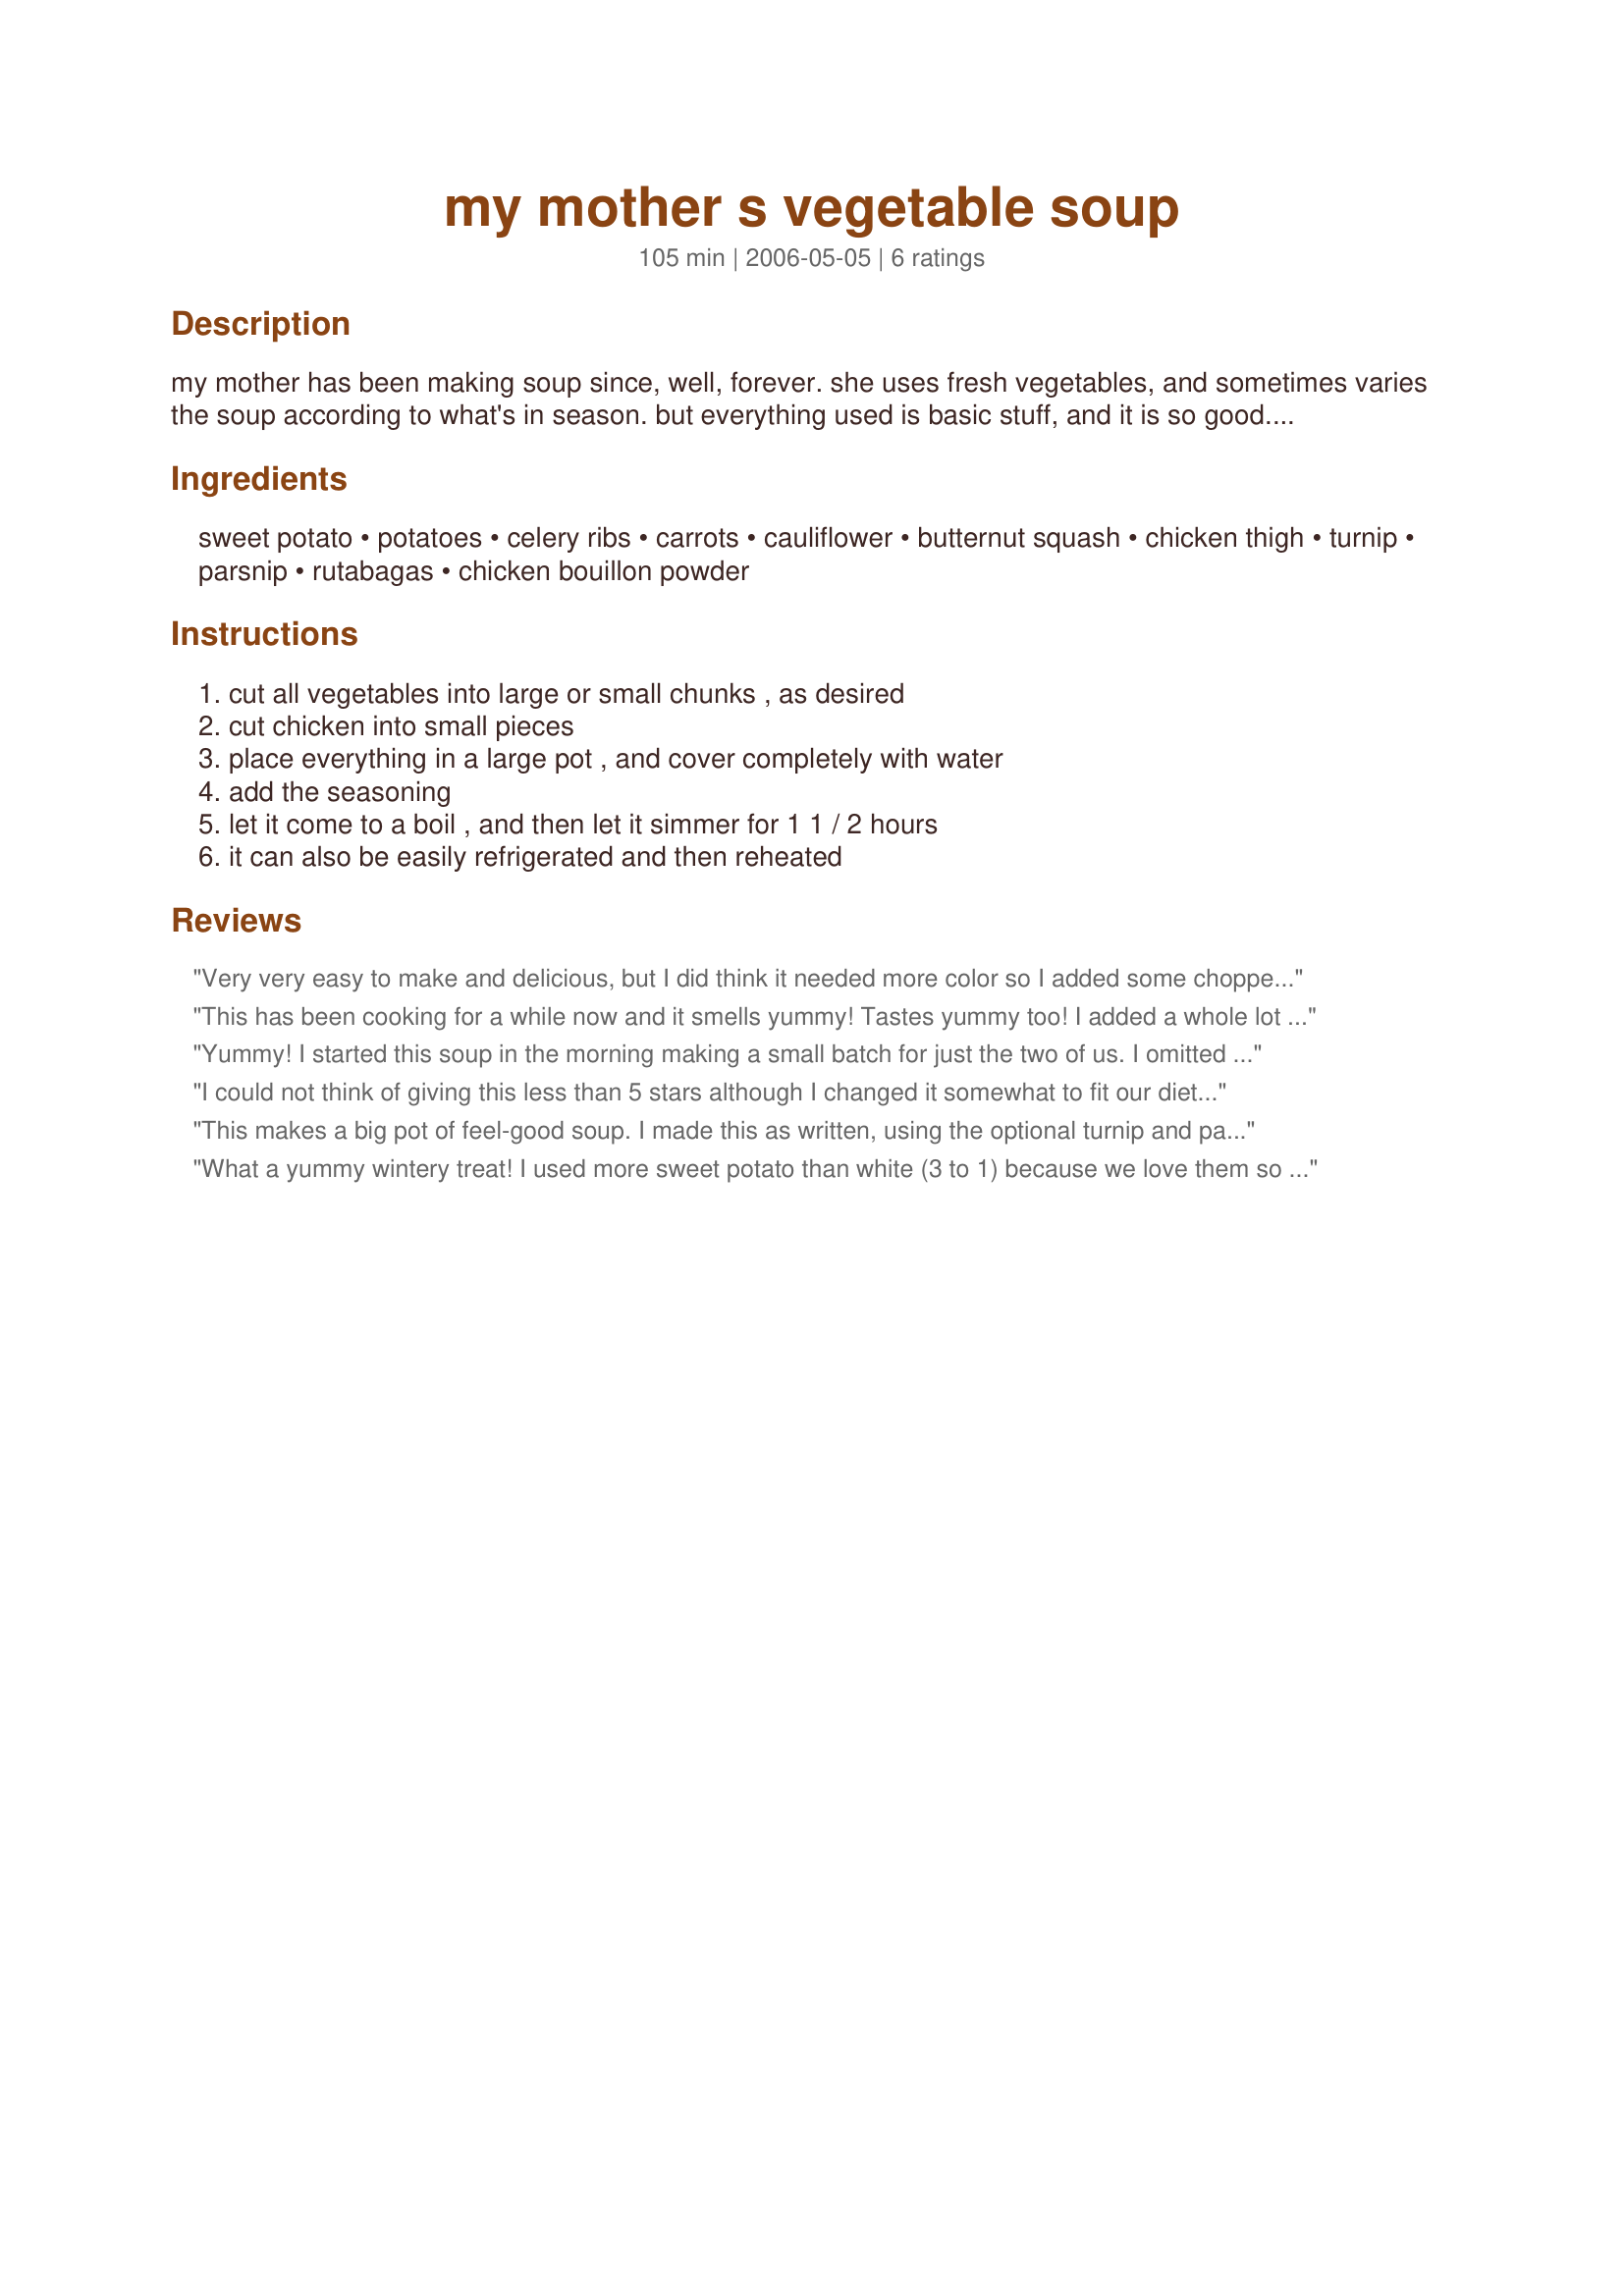
my mother s vegetable soup
Preparation time: 105 minutes

my mother has been making soup since, well, forever. she uses fresh vegetables, and sometimes varies the soup according to what's in season. but everything used is basic stuff, and it is so good. add one cup of fresh pumpkin instead of sweet potato during october.

Ingredients:
sweet potato, potatoes, celery ribs, carrots, cauliflower, butternut squash, chicken thigh, turnip, parsnip, rutabagas, chicken bouillon powder

Steps:
cut all vegetables into large or small chunks , as desired, cut chicken into small pieces, place everything in a large pot , and cover completely with water, add the seasoning, let it come to a boil , and then let it simmer for 1 1 / 2 hours, it can also be easily refrigerated and then reheated

Reviews:
Very very easy to make and delicious, but I did think it needed more color so I added some chopped tomatoes to the soup at the end and the red contrasted nicely with the pale greens and oranges of the soup. I also didn't think there was enough chicken in the pot considering the amount of vegetable, so I just added about 3/4 kilo of chicken breast which I took out and shredded after it was cooked and added it back into the soup. I sprinkled some minced cilantro on top for garnish and it was a great supper along with some leftover challah from Shabbat. Thanks!
This has been cooking for a while now and it smells yummy! Tastes yummy too! I added a whole lot more spices, just a bit of this and a bit of that. I also threw in some rice and extra veggie I had in the fridge to use up. Have some leftover Recipe #308876 which I am claiming to eat with this tonight! I also used half red potatoes and half white.
Yummy! I started this soup in the morning making a small batch for just the two of us. I omitted the rutabega and turnip as it wasn't on hand, and also added onion and some spices. I used 2 chicken thighs so there would be lots of meat. This is a really good wintertime soup. Buddha loved it but passed me all his sweet potato pieces (he dislikes sweet potatoes). Great recipe. :)
I could not think of giving this less than 5 stars although I changed it somewhat to fit our diet and be healthier the outcome was delicious and the type of soup to be enjoyed during Autumn and Winter seasons. I do agree there was a lack of colour diversity though I had a little frozen baby okra which I added but didn't enjoy that addition. I used some celery seeds instead of chopped celery, pathetic bland carrots, butternut squash, acorn squash, precooked chicken thighs I had simmered making a homemade chicken broth earlier in the day. I added them shredded nearer to the end of the cooking time since they were precooked. I used the homemade broth in place of the chicken bullion powder & water to be free of corn etc, I also used turnip which I love, sea salt & freshly ground black pepper as seasoning. I didn't have to cook it as long but I cut the vegetables small-medium. I added a small hand full of chopped fresh flat leaf parsley which gave the broth a ton more flavour and some colour and I would do so again. I would love to make this soup in a similar way again as I couldn't stop eating it!
This makes a big pot of feel-good soup. I made this as written, using the optional turnip and parsnip. I LOVE the flavor that those veggies gave the soup, so I don't think they should be "optional". The only thing I added was onion and black pepper. I cut up my veggies small, so I didn't simmer quite so long. At the end, I took the chicken thighs out, removed the bone, and replaced the falling-apart chicken to the pot. This is the soup you want when you're sick or just need some warming up. Thanx for posting your mother's recipe. Please tell her that it's wonderful and will be repeated.
What a yummy wintery treat! I used more sweet potato than white (3 to 1) because we love them so much and they're so healthy. I couldn't get a decent parsnip so had to skip that this time. I think any veggies would be great in here, I may add some stewed tomato next time! We just love soups and this was a winner, easy and hearty, Kudos from the neighbor I shared this with too!
